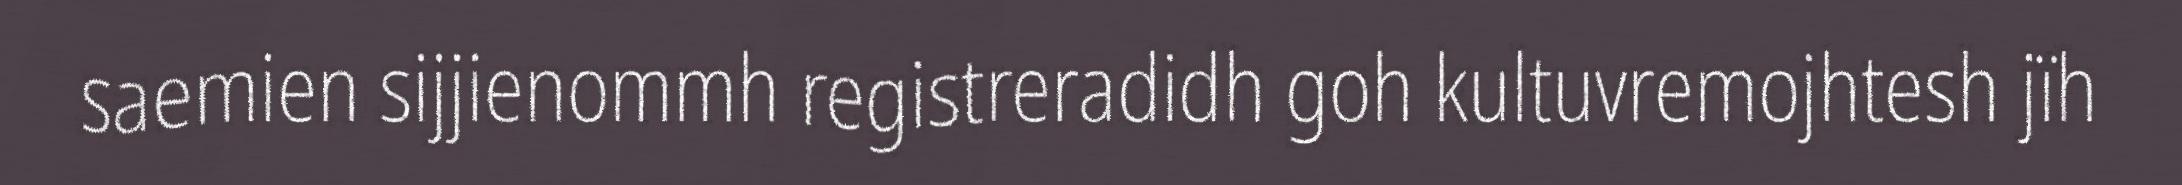
saemien sijjienommh registreradidh goh kultuvremojhtesh jïh